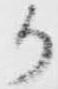
か